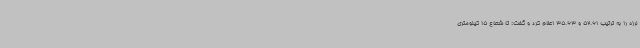
لرزه را به ترتیب 52.61 و 35.63 اعلام کرد و گفت: تا شعاع 15 کیلومتری